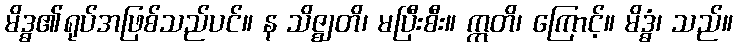
မိဒ္ဓ၏ရုပ်အဖြစ်သည်ပင်။ န သိဇ္ဈတိ၊ မပြီးစီး။ ဣတိ၊ ကြောင့်။ မိဒ္ဓံ၊ သည်။